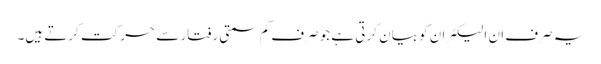
یہ صرف ان الیکٹران کو بیان کرتی ہے جو صرف کم سمتی رفتار سے حرکت کرتے ہیں۔